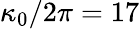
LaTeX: \kappa_{0}/2\pi=17